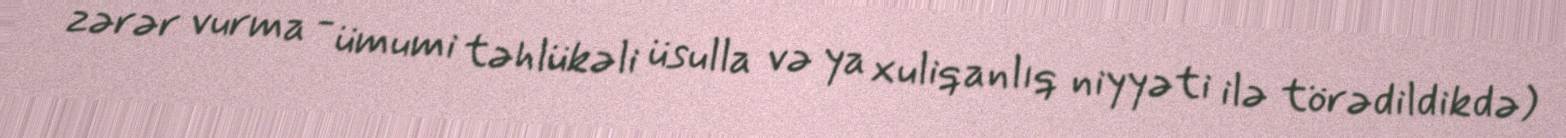
zərər vurma - ümumi təhlükəli üsulla və ya xuliqanlıq niyyəti ilə törədildikdə)